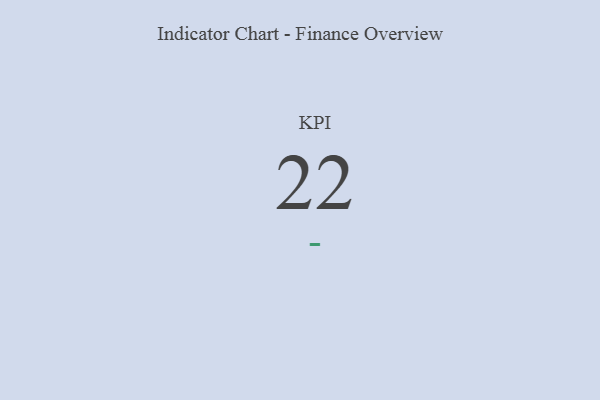
{"axis": {"x": "KPI", "y": "Value"}, "legend": [""], "data": [{"x": "KPI", "y": 22, "type": ""}]}